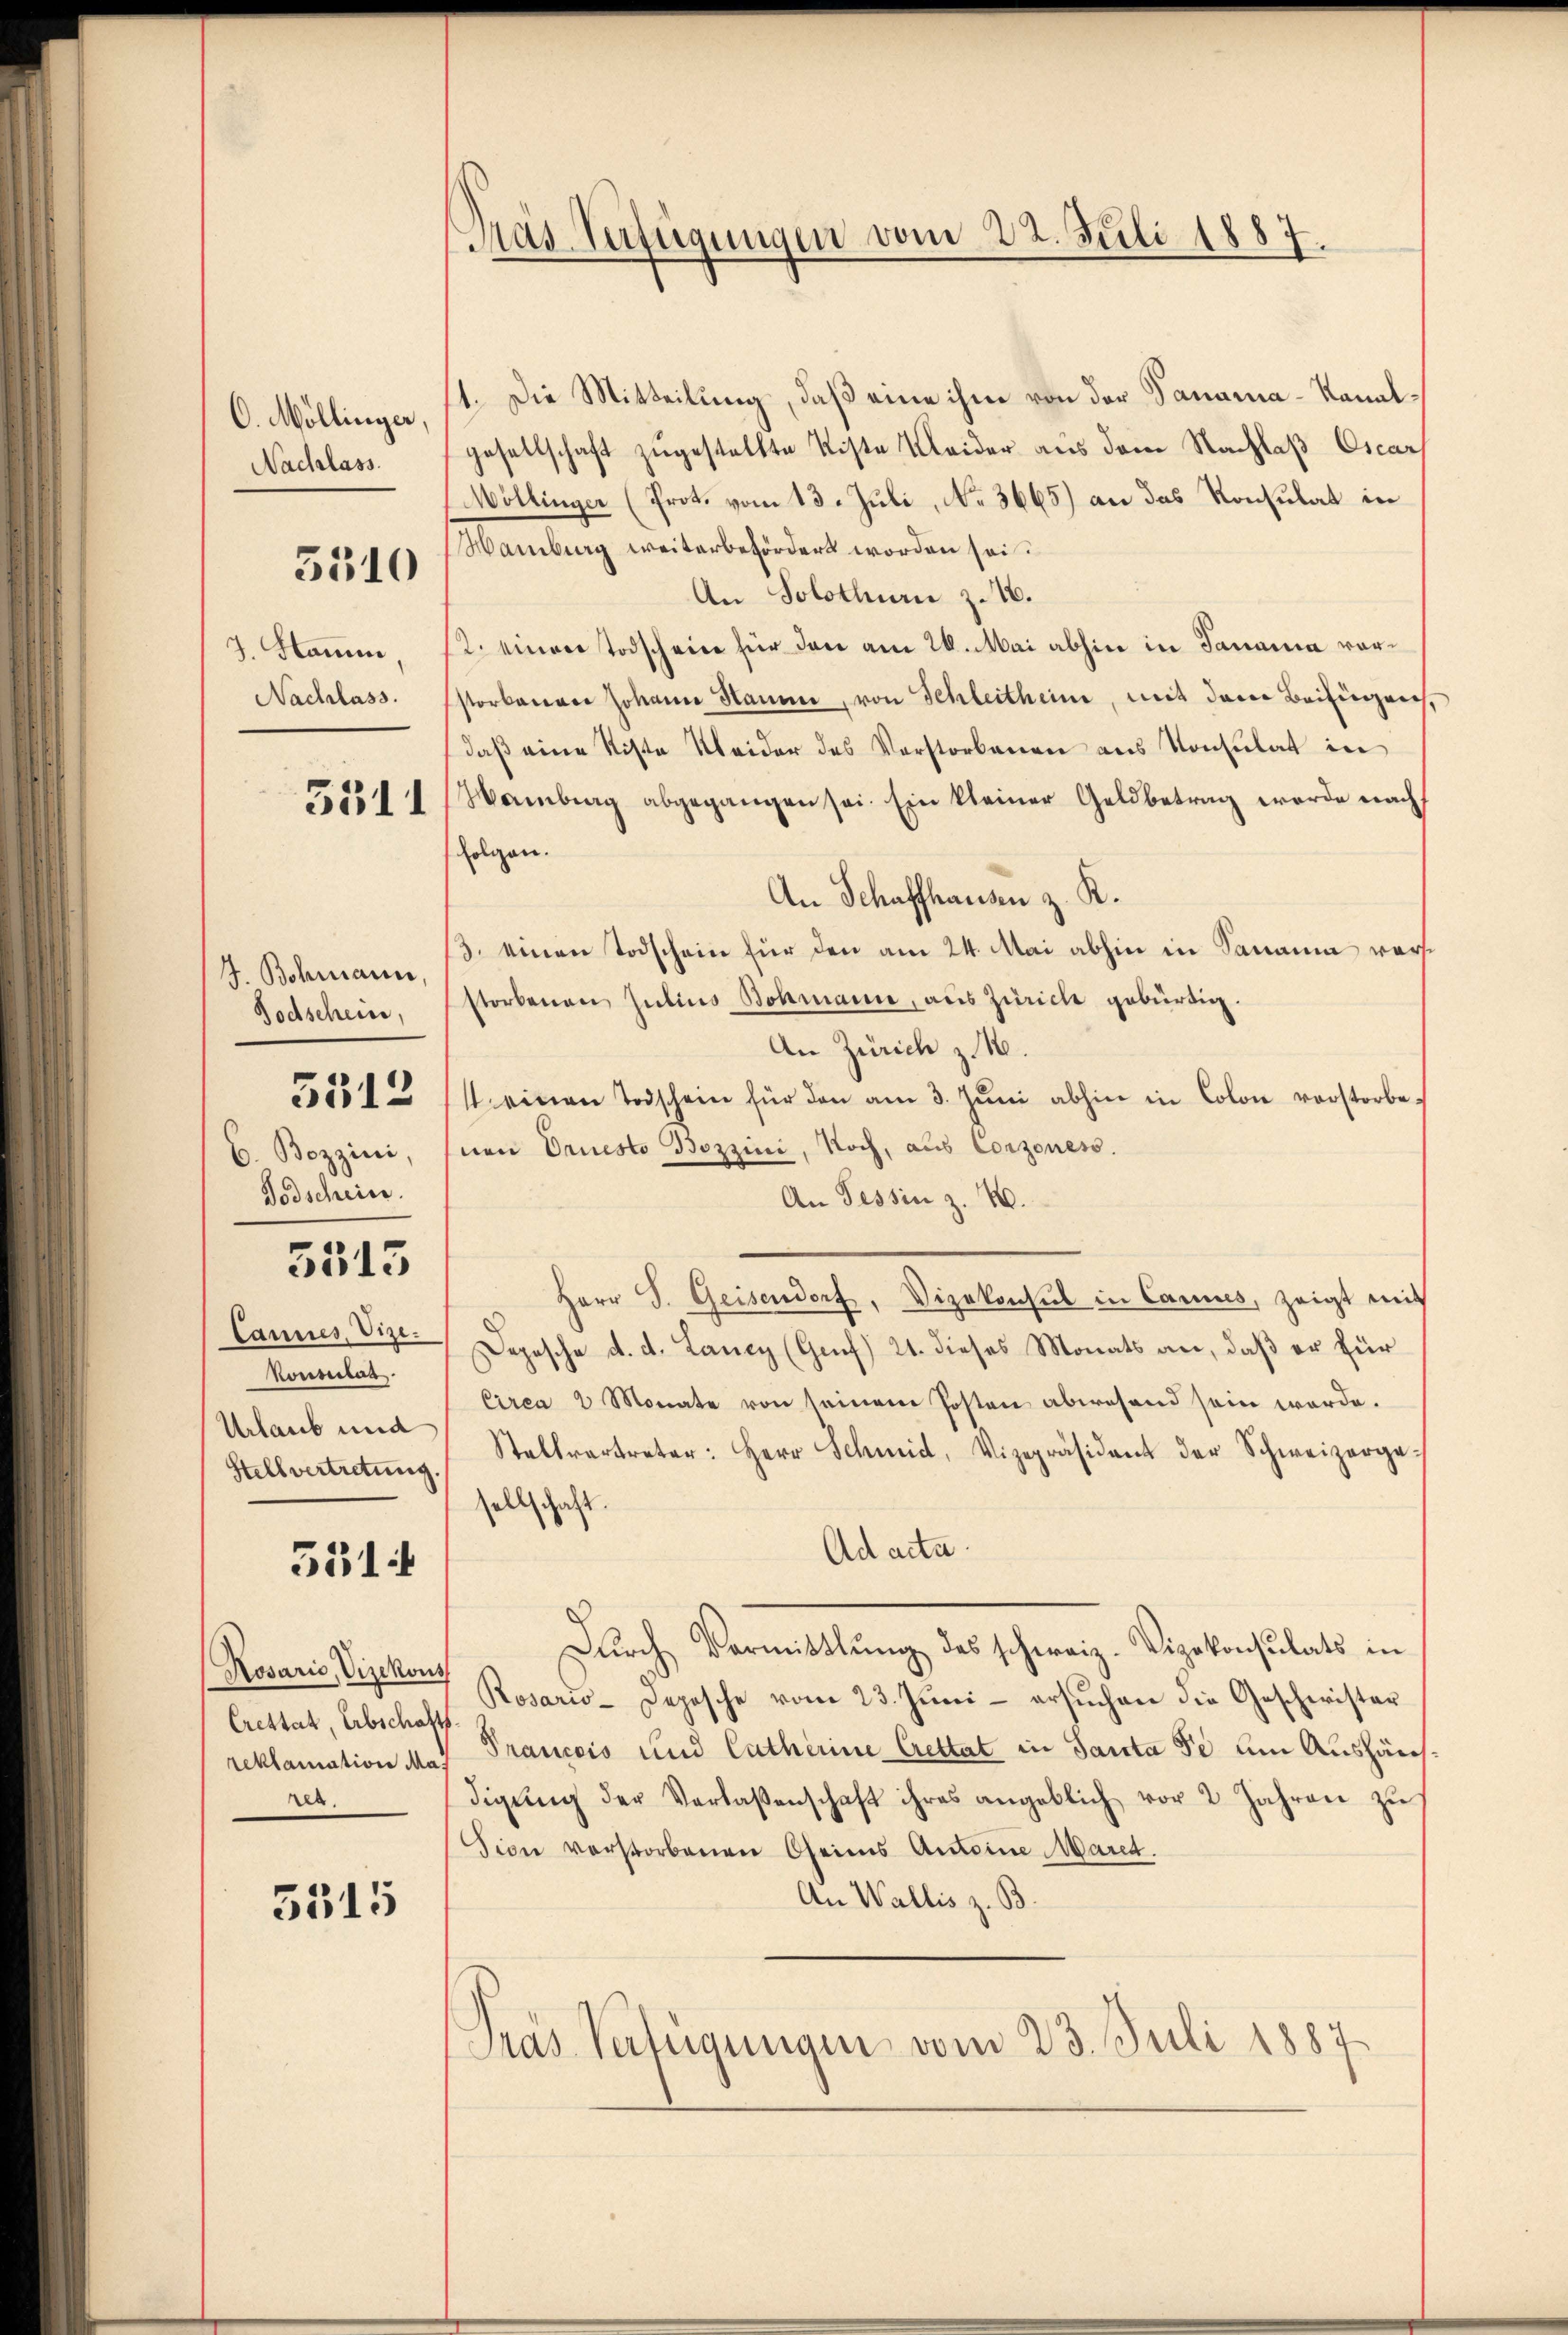
O. Mollinger,
Nachlass
J. Stammen

3310

J. Bohmann,

C. Bozzini,
Todscheine

5513

Konsulat
Urlaub und
Stellvertretung.

5514

Rosario, Vizekons
Crettat, Erbschafts
da.

5515

11. Die Mitteilung, daß eine ihm von der Danama-Kanalgesellschaft zugestellte Kiste Kleider aus dem Nachlaß Cscar
Mollinger (Prot. vom 13. Juli, No 3665) an das Konsulat in
Hamburg weiterbefördert worden sei.
An Solothurn z. 16.
12. einen Todschein für den am 26. Mai abhin in Sanania vor¬
Nachlass. Istorbenen Johann Haume, von Schleitheine, mit dem Beisingen,
daß eine Riste Kleider des Verstorbenen aus Konsulat in
55514/Wamberg abgegangen sei. Ein kleiner Geldbetrag werde nach
folgen.
An Schaffhausen z. R.
3. einen Todschein für den am 24. Mai abhin in Sanau vor¬
Todschein, storbenen Zŭlius Bohmann, aus Zürich gebürtig.
An Zürich z. 16.
35542 Ist einen Todschein für den am 3. Juni abhin in Colon vorstorbenen Ornesto Bozzini, Noch, aus Conzones.
An Tessin z. B.
Herr S. Geisendorf, Vizekonsul in Cances, zeigt mit
Cannes Vize Deposche d. d. Lancy (Genf) 21. dieses Monats an, daß er für
Circa 2 Monate von seinem Posten abwesend sein werde.
Stellvertreter: Herr Schmid, Vizepräsident der Schweizerge-
sellschaft.
Ad acta.
Dŭrch Vermittlung des schweiz. Vizekonsulats in
Rosario-Depesche vom 23. Juni - ersuchen die Gescherister
reklamation Mal Prancois und Catherine Crettat in Sanita se am Aushäusdigŭng der Verlassenschaft ihres angeblich vor 2 Jahren zŭ
sion verstorbenen Oheims Antoine Maret.
An Wallis z. B.
Pras Verfügungen vom 23. Juli 1887

Pras Verfügungen vom 22. Juli 1887.